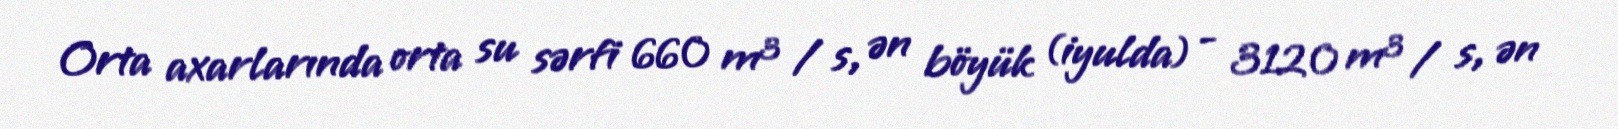
Orta axarlarında orta su sərfi 660 m³ / s, ən böyük (iyulda) - 3120 m³ / s, ən